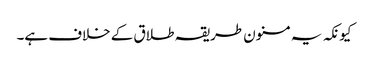
کیونکہ یہ مسنون طریقہ طلاق کے خلاف ہے۔